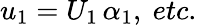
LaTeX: u_{1}=U_{1}\, \alpha_{1},{\mathit\ etc.}